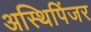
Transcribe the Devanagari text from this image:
अस्थिपिंजर